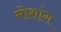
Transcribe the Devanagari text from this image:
मोशांग